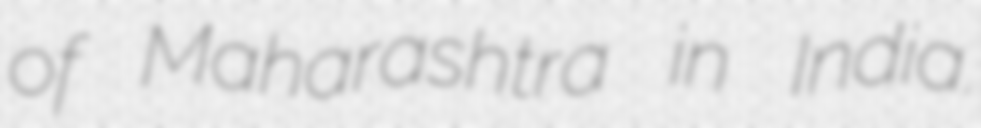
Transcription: of Maharashtra in India.